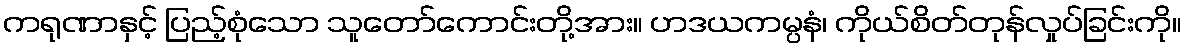
ကရုဏာနှင့် ပြည့်စုံသော သူတော်ကောင်းတို့အား။ ဟဒယကမ္ပနံ၊ ကိုယ်စိတ်တုန်လှုပ်ခြင်းကို။